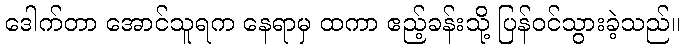
ဒေါက်တာ အောင်သူရက နေရာမှ ထကာ ဧည့်ခန်းသို့ ပြန်ဝင်သွားခဲ့သည်။